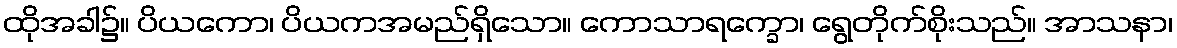
ထိုအခါ၌။ ပိယကော၊ ပိယကအမည်ရှိသော။ ကောသာရက္ခော၊ ရွေတိုက်စိုးသည်။ အာသနာ၊